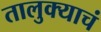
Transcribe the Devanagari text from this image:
तालुक्याचं